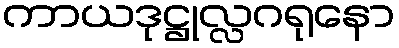
ကာယဒုဋ္ဌုလ္လဂရုနော